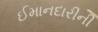
ઈમાનદારીની